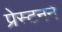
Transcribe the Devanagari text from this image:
प्रेस्टनने